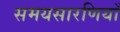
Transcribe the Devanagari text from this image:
समयसारणियाँ